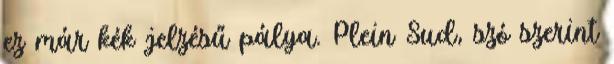
ez már kék jelzésű pálya. Plein Sud, szó szerint